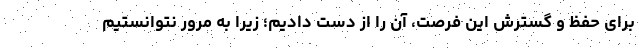
برای حفظ و گسترش این فرصت، آن را از دست دادیم؛ زیرا به مرور نتوانستیم